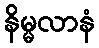
နိမ္မလာနံ